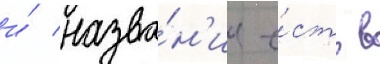
и́ назва́н'ие е́сть в